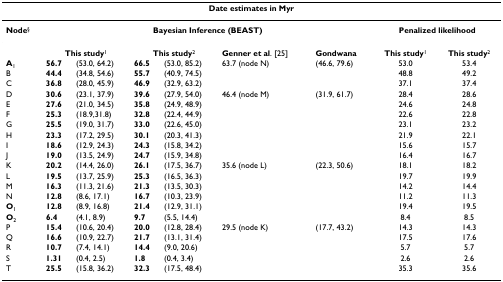
<table><thead><tr><td colspan="9"><b>Date estimates in Myr</b></td></tr></thead><tbody><tr><td><b>Node</b><sup>§</sup></td><td colspan="6"><b>Bayesian Inference (BEAST)</b></td><td colspan="2"><b>Penalized likelihood</b></td></tr><tr><td></td><td colspan="2"><b>This study</b><sup>1</sup></td><td colspan="2"><b>This study</b><sup>2</sup></td><td><b>Genner et al</b>. [25]</td><td><b>Gondwana</b></td><td><b>This study</b><sup>1</sup></td><td><b>This study</b><sup>2</sup></td></tr><tr><td><b>A</b><sub>1</sub></td><td><b>56.7</b></td><td>(53.0, 64.2)</td><td><b>66.5</b></td><td>(53.0, 85.2)</td><td>63.7 (node N)</td><td>(46.6, 79.6)</td><td>53.0</td><td>53.4</td></tr><tr><td>B</td><td><b>44.4</b></td><td>(34.8, 54.6)</td><td><b>55.7</b></td><td>(40.9, 74.5)</td><td></td><td></td><td>48.8</td><td>49.2</td></tr><tr><td>C</td><td><b>36.8</b></td><td>(28.0, 45.9)</td><td><b>46.9</b></td><td>(32.9, 63.2)</td><td></td><td></td><td>37.1</td><td>37.4</td></tr><tr><td>D</td><td><b>30.6</b></td><td>(23.1, 37.9)</td><td><b>39.6</b></td><td>(27.9, 54.0)</td><td>46.4 (node M)</td><td>(31.9, 61.7)</td><td>28.4</td><td>28.6</td></tr><tr><td>E</td><td><b>27.6</b></td><td>(21.0, 34.5)</td><td><b>35.8</b></td><td>(24.9, 48.9)</td><td></td><td></td><td>24.6</td><td>24.8</td></tr><tr><td>F</td><td><b>25.3</b></td><td>(18.9,31.8)</td><td><b>32.8</b></td><td>(22.4, 44.9)</td><td></td><td></td><td>22.6</td><td>22.8</td></tr><tr><td>G</td><td><b>25.5</b></td><td>(19.0, 31.7)</td><td><b>33.0</b></td><td>(22.6, 45.0)</td><td></td><td></td><td>23.1</td><td>23.2</td></tr><tr><td>H</td><td><b>23.3</b></td><td>(17.2, 29.5)</td><td><b>30.1</b></td><td>(20.3, 41.3)</td><td></td><td></td><td>21.9</td><td>22.1</td></tr><tr><td>I</td><td><b>18.6</b></td><td>(12.9, 24.3)</td><td><b>24.3</b></td><td>(15.8, 34.2)</td><td></td><td></td><td>15.6</td><td>15.7</td></tr><tr><td>J</td><td><b>19.0</b></td><td>(13.5, 24.9)</td><td><b>24.7</b></td><td>(15.9, 34.8)</td><td></td><td></td><td>16.4</td><td>16.7</td></tr><tr><td>K</td><td><b>20.2</b></td><td>(14.4, 26.0)</td><td><b>26.1</b></td><td>(17.5, 36.7)</td><td>35.6 (node L)</td><td>(22.3, 50.6)</td><td>18.1</td><td>18.2</td></tr><tr><td>L</td><td><b>19.5</b></td><td>(13.7, 25.9)</td><td><b>25.3</b></td><td>(16.5, 36.3)</td><td></td><td></td><td>19.7</td><td>19.9</td></tr><tr><td>M</td><td><b>16.3</b></td><td>(11.3, 21.6)</td><td><b>21.3</b></td><td>(13.5, 30.3)</td><td></td><td></td><td>14.2</td><td>14.4</td></tr><tr><td>N</td><td><b>12.8</b></td><td>(8.6, 17.1)</td><td><b>16.7</b></td><td>(10.3, 23.9)</td><td></td><td></td><td>11.2</td><td>11.3</td></tr><tr><td><b>O</b><sub>1</sub></td><td><b>12.8</b></td><td>(8.9, 16.8)</td><td><b>21.4</b></td><td>(12.9, 31.1)</td><td></td><td></td><td>19.4</td><td>19.5</td></tr><tr><td><b>O</b><sub>2</sub></td><td><b>6.4</b></td><td>(4.1, 8.9)</td><td><b>9.7</b></td><td>(5.5, 14.4)</td><td></td><td></td><td>8.4</td><td>8.5</td></tr><tr><td>P</td><td><b>15.4</b></td><td>(10.6, 20.4)</td><td><b>20.0</b></td><td>(12.8, 28.4)</td><td>29.5 (node K)</td><td>(17.7, 43.2)</td><td>14.3</td><td>14.3</td></tr><tr><td>Q</td><td><b>16.6</b></td><td>(10.9, 22.7)</td><td><b>21.7</b></td><td>(13.1, 31.4)</td><td></td><td></td><td>17.5</td><td>17.6</td></tr><tr><td>R</td><td><b>10.7</b></td><td>(7.4, 14.1)</td><td><b>14.4</b></td><td>(9.0, 20.6)</td><td></td><td></td><td>5.7</td><td>5.7</td></tr><tr><td>S</td><td><b>1.31</b></td><td>(0.4, 2.5)</td><td><b>1.8</b></td><td>(0.4, 3.4)</td><td></td><td></td><td>2.6</td><td>2.6</td></tr><tr><td>T</td><td><b>25.5</b></td><td>(15.8, 36.2)</td><td><b>32.3</b></td><td>(17.5, 48.4)</td><td></td><td></td><td>35.3</td><td>35.6</td></tr></tbody></table>